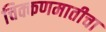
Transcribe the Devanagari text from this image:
चिक्कणमातीचा